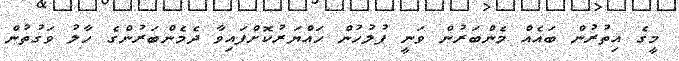
މީގެ އިތުރުން ބައެއް މެންބަރުން ވަނީ ފުލުހުން ހައްޔަރުކޮށްފައިވާ ދެމެންބަރުންގެ ހާލު ވަގުތުން